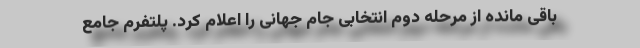
باقی مانده از مرحله دوم انتخابی جام جهانی را اعلام کرد. پلتفرم جامع